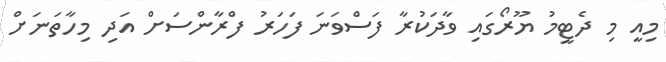
މިއީ މި ދެޓީމު ޔޫރޯގައި ވާދަކުރާ ފަސްވަނަ ފަހަރު ފްރާންސަށް އަދި މިހާތަނަށް